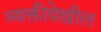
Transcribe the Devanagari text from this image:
व्यक्तीदेखील